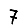
Digit: 7